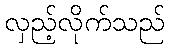
လှည့်လိုက်သည်